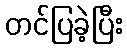
တင်ပြခဲ့ပြီး